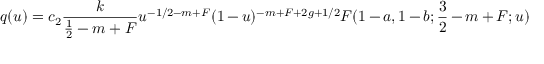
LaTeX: q ( u ) = c _ { 2 } \frac k { \frac 1 2 - m + F } u ^ { - 1 / 2 - m + F } ( 1 - u ) ^ { - m + F + 2 g + 1 / 2 } F ( 1 - a , 1 - b ; \frac 3 2 - m + F ; u )